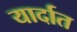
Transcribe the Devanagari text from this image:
यार्दात